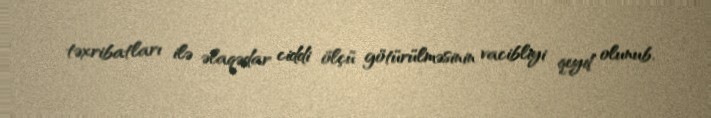
təxribatları ilə əlaqədar ciddi ölçü götürülməsinin vacibliyi qeyd olunub.